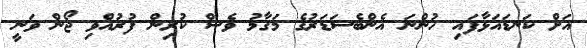
އަށް ކަނޑައަޅާފައި ހުންނަ އެންބެސަޑަރުގެ މަގާމު ވެސް ކުރިން ފުރުއްވި ޖޯން ވަނީ